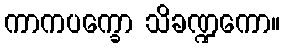
ကာကပက္ခော သိခဏ္ဍကော။